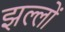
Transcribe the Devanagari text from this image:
झल्लों